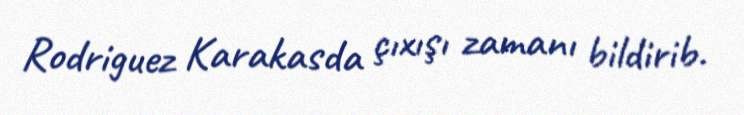
Rodriguez Karakasda çıxışı zamanı bildirib.